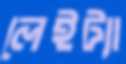
লেইট্যা